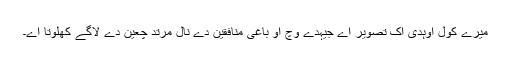
میرے کول اُوہدی اِک تصویر اے جیہدے وِچ اُو باغی منافقین دے نال مُرتد چعین دے لاگے کِھلوتا اے۔